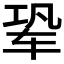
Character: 𬨆